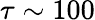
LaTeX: \tau\sim 100